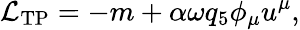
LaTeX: {\mathcal{L}}_{\mathrm{TP}}=-m+\alpha\omega q_{5}\phi_{\mu}u^{\mu},